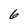
Character: 6